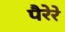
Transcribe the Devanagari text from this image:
पैरेरे